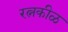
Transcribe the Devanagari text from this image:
रत्नकीळ